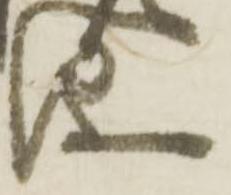
儀